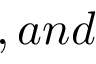
, a n d